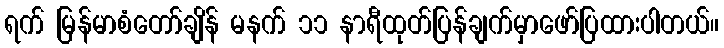
ရက် မြန်မာစံတော်ချိန် မနက် ၁၁ နာရီထုတ်ပြန်ချက်မှာဖော်ပြထားပါတယ်။